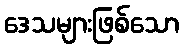
ဒေသများဖြစ်သော